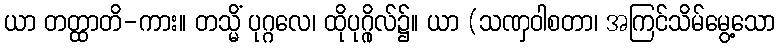
ယာ တတ္ထာတိ-ကား။ တသ္မိံ ပုဂ္ဂလေ၊ ထိုပုဂ္ဂိုလ်၌။ ယာ (သဏှဝါစတာ၊ အကြင်သိမ်မွေ့သော